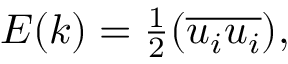
\begin{array} { r } { E ( k ) = \frac { 1 } { 2 } ( \overline { { u _ { i } u _ { i } } } ) , } \end{array}